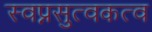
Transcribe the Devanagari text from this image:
स्वप्नसुत्वकत्व